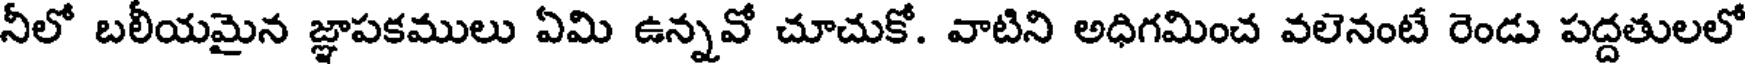
నీలో బలీయమైన జ్ఞాపకములు ఏమి ఉన్నవో చూచుకో. వాటిని అధిగమించ వలెనంటే రెండు పద్దతులలో